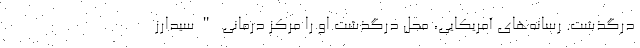
درگذشت. رسانه‌های آمریکایی، محل درگذشت او را مرکز درمانی "سیدارز